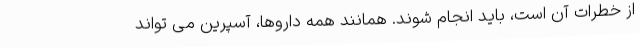
از خطرات آن است، باید انجام شوند. همانند همه داروها، آسپرین می تواند